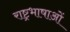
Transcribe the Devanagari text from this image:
राष्ट्रभाषाओं